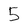
Character: 5